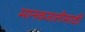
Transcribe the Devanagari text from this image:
मानवजातीसाठी